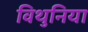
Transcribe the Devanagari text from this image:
विथुनिया